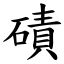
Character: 磧